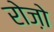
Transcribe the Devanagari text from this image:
रोज़ो